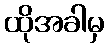
ထိုအခါမှ